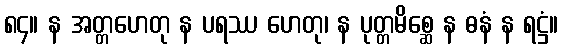
၈၄။ န အတ္တဟေတု န ပရဿ ဟေတု၊ န ပုတ္တမိစ္ဆေ န ဓနံ န ရဋ္ဌံ။